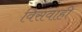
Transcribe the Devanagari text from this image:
विसंवाही